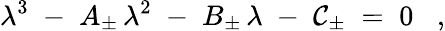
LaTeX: \lambda^{3}\; -\; A_{\pm}\, \lambda^{2}\; -\; B_{\pm}\, \lambda\; -\; \mathcal{C}_{\pm}\; =\; 0\; \; \; ,